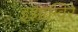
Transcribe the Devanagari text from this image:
इझाग्विरे